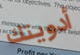
أدويتك